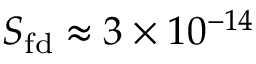
S _ { \mathrm { f d } } \approx 3 \times 1 0 ^ { - 1 4 }